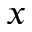
x